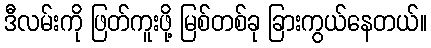
ဒီလမ်းကို ဖြတ်ကူးဖို့ မြစ်တစ်ခု ခြားကွယ်နေတယ်။